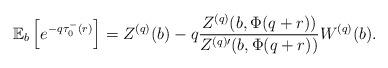
LaTeX: \begin{align*}\mathbb{E}_b\left[e^{-q\tau_{0}^-(r)}\right]&=Z^{(q)}(b) -q\dfrac{Z^{(q)}(b,\Phi(q+r))}{Z^{(q)\prime}(b,\Phi(q+r))}W^{(q)}(b).\end{align*}